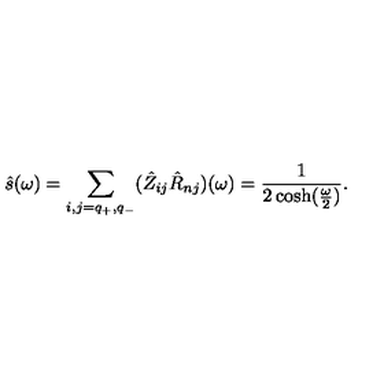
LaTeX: \hat { s } ( \omega ) = \sum _ { i , j = q _ { + } , q _ { - } } ( \hat { Z } _ { i j } \hat { R } _ { n j } ) ( \omega ) = { \frac { 1 } { 2 \cosh ( { \frac { \omega } { 2 } } ) } } .